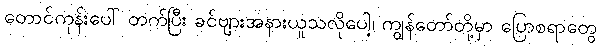
တောင်ကုန်းပေါ် တက်ပြီး ခင်ဗျားအနားယူသလိုပေါ့၊ ကျွန်တော်တို့မှာ ပြောစရာတွေ